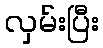
လှမ်းပြီး